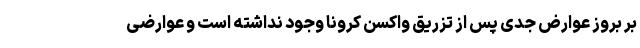
بر بروز عوارض جدی پس از تزریق واکسن کرونا وجود نداشته است و عوارضی